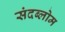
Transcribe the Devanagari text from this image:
संदब्लोम